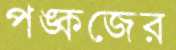
পঙ্কজের